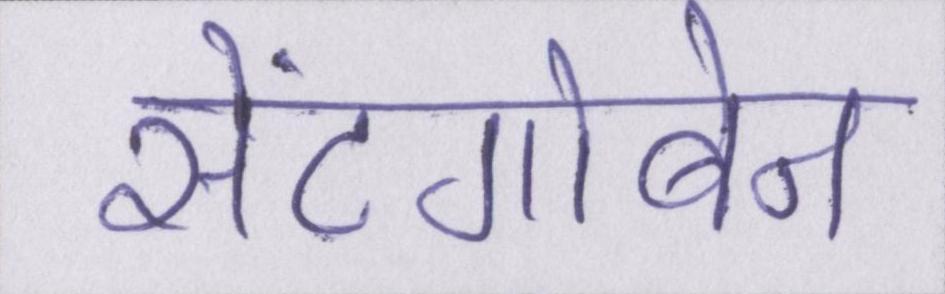
सेंटगोबेन